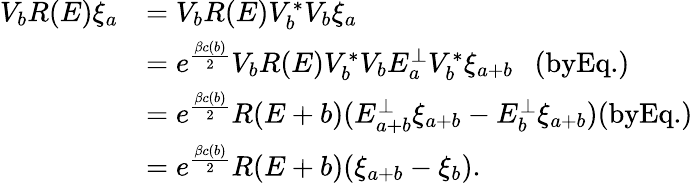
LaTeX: \begin{array}{rl}{V_{b}R(E)\xi_{a}}&{=V_{b}R(E)V_{b}^{*}V_{b}\xi_{a}}\\ &{=e^{\frac{\beta c(b)}{2}}V_{b}R(E)V_{b}^{*}V_{b}E_{a}^{\perp}V_{b}^{*}\xi_{a+b}~~~(\textrm{byEq.})}\\ &{=e^{\frac{\beta c(b)}{2}}R(E+b)(E_{a+b}^{\perp}\xi_{a+b}-E_{b}^{\perp}\xi_{a+b})(\textrm{byEq.})}\\ &{=e^{\frac{\beta c(b)}{2}}R(E+b)(\xi_{a+b}-\xi_{b}).}\end{array}